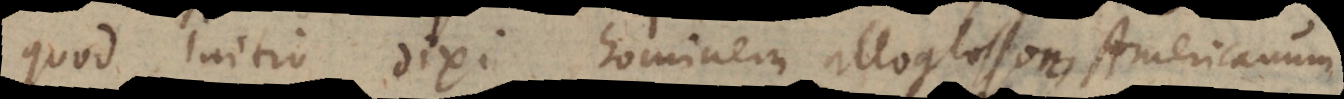
quod initio dixi hominem alloglosson Americanum